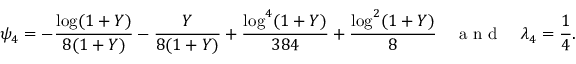
\psi _ { 4 } = - \frac { \log ( 1 + Y ) } { 8 ( 1 + Y ) } - \frac { Y } { 8 ( 1 + Y ) } + \frac { \log ^ { 4 } ( 1 + Y ) } { 3 8 4 } + \frac { \log ^ { 2 } ( 1 + Y ) } { 8 } \quad \mathrm { ~ a ~ n ~ d ~ } \quad \lambda _ { 4 } = \frac { 1 } { 4 } .